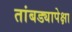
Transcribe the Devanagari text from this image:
तांबड्यापेक्षा